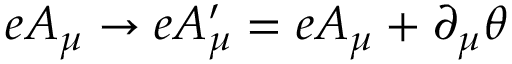
e A _ { \mu } \to e A _ { \mu } ^ { \prime } = e A _ { \mu } + \partial _ { \mu } \theta